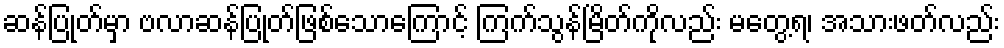
ဆန်ပြုတ်မှာ ဗလာဆန်ပြုတ်ဖြစ်သောကြောင့် ကြက်သွန်မြိတ်ကိုလည်း မတွေ့ရ၊ အသားဖတ်လည်း